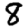
Digit: 8